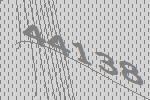
44138